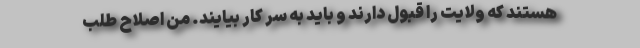
هستند که ولایت را قبول دارند و باید به سر کار بیایند. من اصلاح طلب